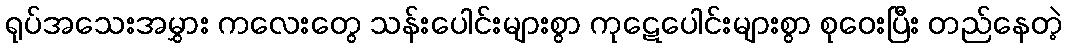
ရုပ်အသေးအမွှား ကလေးတွေ သန်းပေါင်းများစွာ ကုဋေပေါင်းများစွာ စုဝေးပြီး တည်နေတဲ့